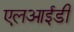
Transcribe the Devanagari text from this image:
एलआईडी